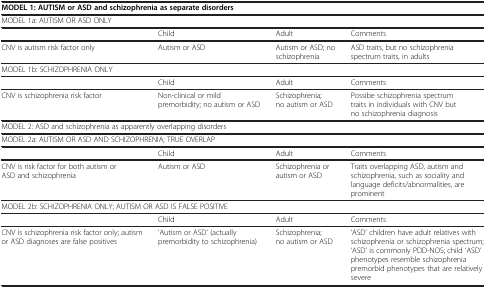
<table><thead><tr><td colspan="4"><b>MODEL 1: AUTISM or ASD and schizophrenia as separate disorders</b></td></tr></thead><tbody><tr><td colspan="4">MODEL 1a: AUTISM OR ASD ONLY</td></tr><tr><td> </td><td>Child</td><td>Adult</td><td>Comments</td></tr><tr><td>CNV is autism risk factor only</td><td>Autism or ASD</td><td>Autism or ASD; no schizophrenia</td><td>ASD traits, but no schizophrenia spectrum traits, in adults</td></tr><tr><td colspan="4">MODEL 1b: SCHIZOPHRENIA ONLY</td></tr><tr><td> </td><td>Child</td><td>Adult</td><td>Comments</td></tr><tr><td>CNV is schizophrenia risk factor</td><td>Non-clinical or mild premorbidity; no autism or ASD</td><td>Schizophrenia; no autism or ASD</td><td>Possibe schizophrenia spectrum traits in individuals with CNV but no schizophrenia diagnosis</td></tr><tr><td colspan="4">MODEL 2: ASD and schizophrenia as apparently overlapping disorders</td></tr><tr><td colspan="4">MODEL 2a: AUTISM OR ASD AND SCHIZOPHRENIA; TRUE OVERLAP</td></tr><tr><td> </td><td>Child</td><td>Adult</td><td>Comments</td></tr><tr><td>CNV is risk factor for both autism or ASD and schizophrenia</td><td>Autism or ASD</td><td>Schizophrenia or autism or ASD</td><td>Traits overlapping ASD, autism and schizophrenia, such as sociality and language deficits/abnormalities, are prominent</td></tr><tr><td colspan="4">MODEL 2b: SCHIZOPHRENIA ONLY; AUTISM OR ASD IS FALSE POSITIVE</td></tr><tr><td> </td><td>Child</td><td>Adult</td><td>Comments</td></tr><tr><td>CNV is schizophrenia risk factor only; autism or ASD diagnoses are false positives</td><td>‘Autism or ASD’ (actually premorbidity to schizophrenia)</td><td>Schizophrenia; no autism or ASD</td><td>‘ASD’ children have adult relatives with schizophrenia or schizophrenia spectrum; ‘ASD’ is commonly PDD-NOS; child ‘ASD’ phenotypes resemble schizophrenia premorbid phenotypes that are relatively severe</td></tr></tbody></table>